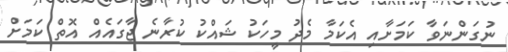
ނުގަންނަވާ ކަމަށާއި އެކަމާ މެދު މީހަކު ޝައްކު ކުރާނެ ޖާގައެއް އޮތް ކަމަށް